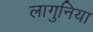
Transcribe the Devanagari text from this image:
लागुनिया